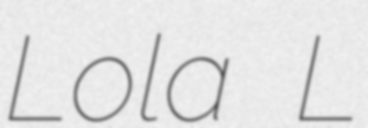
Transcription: Lola L